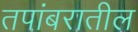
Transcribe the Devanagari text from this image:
तपांबरातील